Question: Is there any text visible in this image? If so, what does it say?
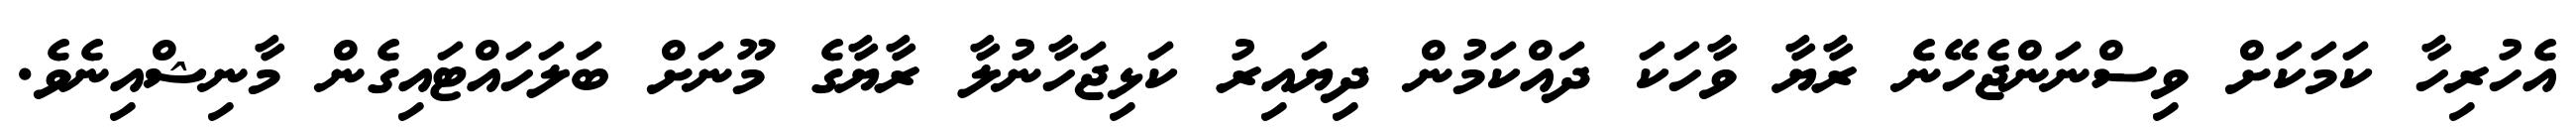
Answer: އެހުރިހާ ކަމަކަށް ވިސްނަންޖެހޭނެ ރާޔާ ވާހަކަ ދައްކަމުން ދިޔައިރު ކަޅިޖަހާނުލާ ރާޔާގެ މޫނަށް ބަލަހައްޓައިގެން މާނިޝްއިނެވެ.